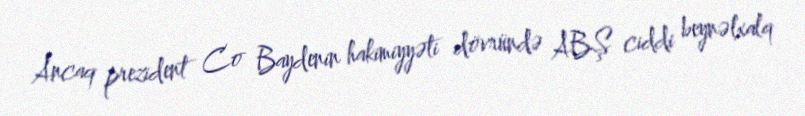
Ancaq prezident Co Baydenin hakimiyyəti dövründə ABŞ ciddi beynəlxalq